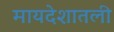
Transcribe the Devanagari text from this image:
मायदेशातली